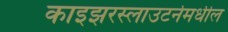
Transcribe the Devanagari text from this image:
काइझरस्लाउटर्नमधील